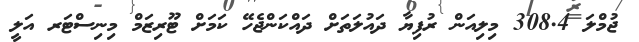
ޖުމްލަ 308.4 މިލިއަން ރުފިޔާ ދައުލަތަށް ދައްކަންޖެހޭ ކަމަށް ޓޫރިޒަމް މިނިސްޓަރ އަލީ